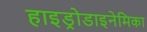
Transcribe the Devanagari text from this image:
हाइड्रोडाइनेमिका